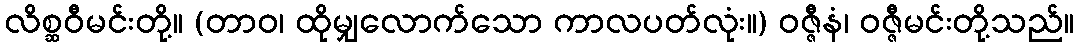
လိစ္ဆဝီမင်းတို့။ (တာဝ၊ ထိုမျှလောက်သော ကာလပတ်လုံး။) ဝဇ္ဇီနံ၊ ဝဇ္ဇီမင်းတို့သည်။